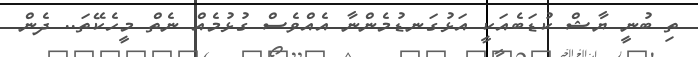
ތި ބުނީ ޔާޝް ކުޑަބެއަކީ އަޅުގަނޑުމެންނާ އެއްވެސް ގުޅުމެއް ނެތް މީހެކޭތަ.. ދެން